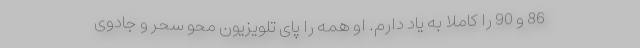
86 و 90 را کاملا به یاد دارم. او همه را پای تلویزیون محو سحر و جادوی